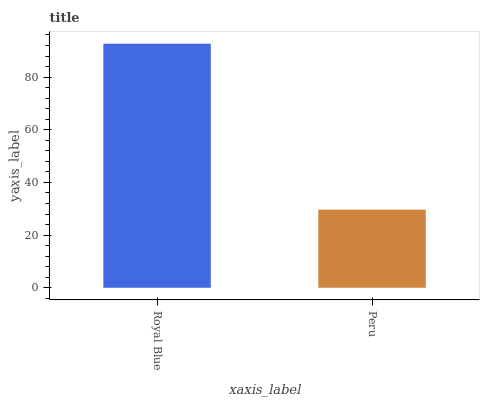
| xaxis_label | bars |
 | --- | --- |
 | Royal Blue | 92.7 |
 | Peru | 29.7 |